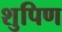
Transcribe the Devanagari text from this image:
शुपिण